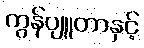
ကွန်ပျူတာနှင့်